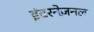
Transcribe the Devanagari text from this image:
इंटरनेज़नल